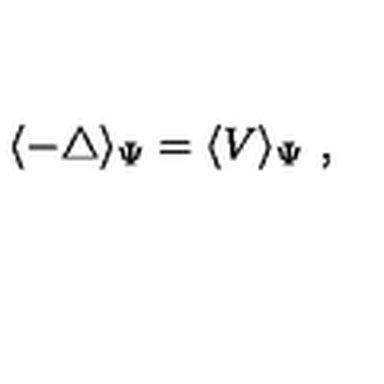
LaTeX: \langle - \triangle \rangle _ { \Psi } = \langle V \rangle _ { \Psi } \ ,